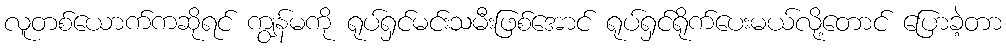
လူတစ်ယောက်ကဆိုရင် ကျွန်မကို ရုပ်ရှင်မင်းသမီးဖြစ်အောင် ရုပ်ရှင်ရိုက်ပေးမယ်လို့တောင် ပြောခဲ့တာ